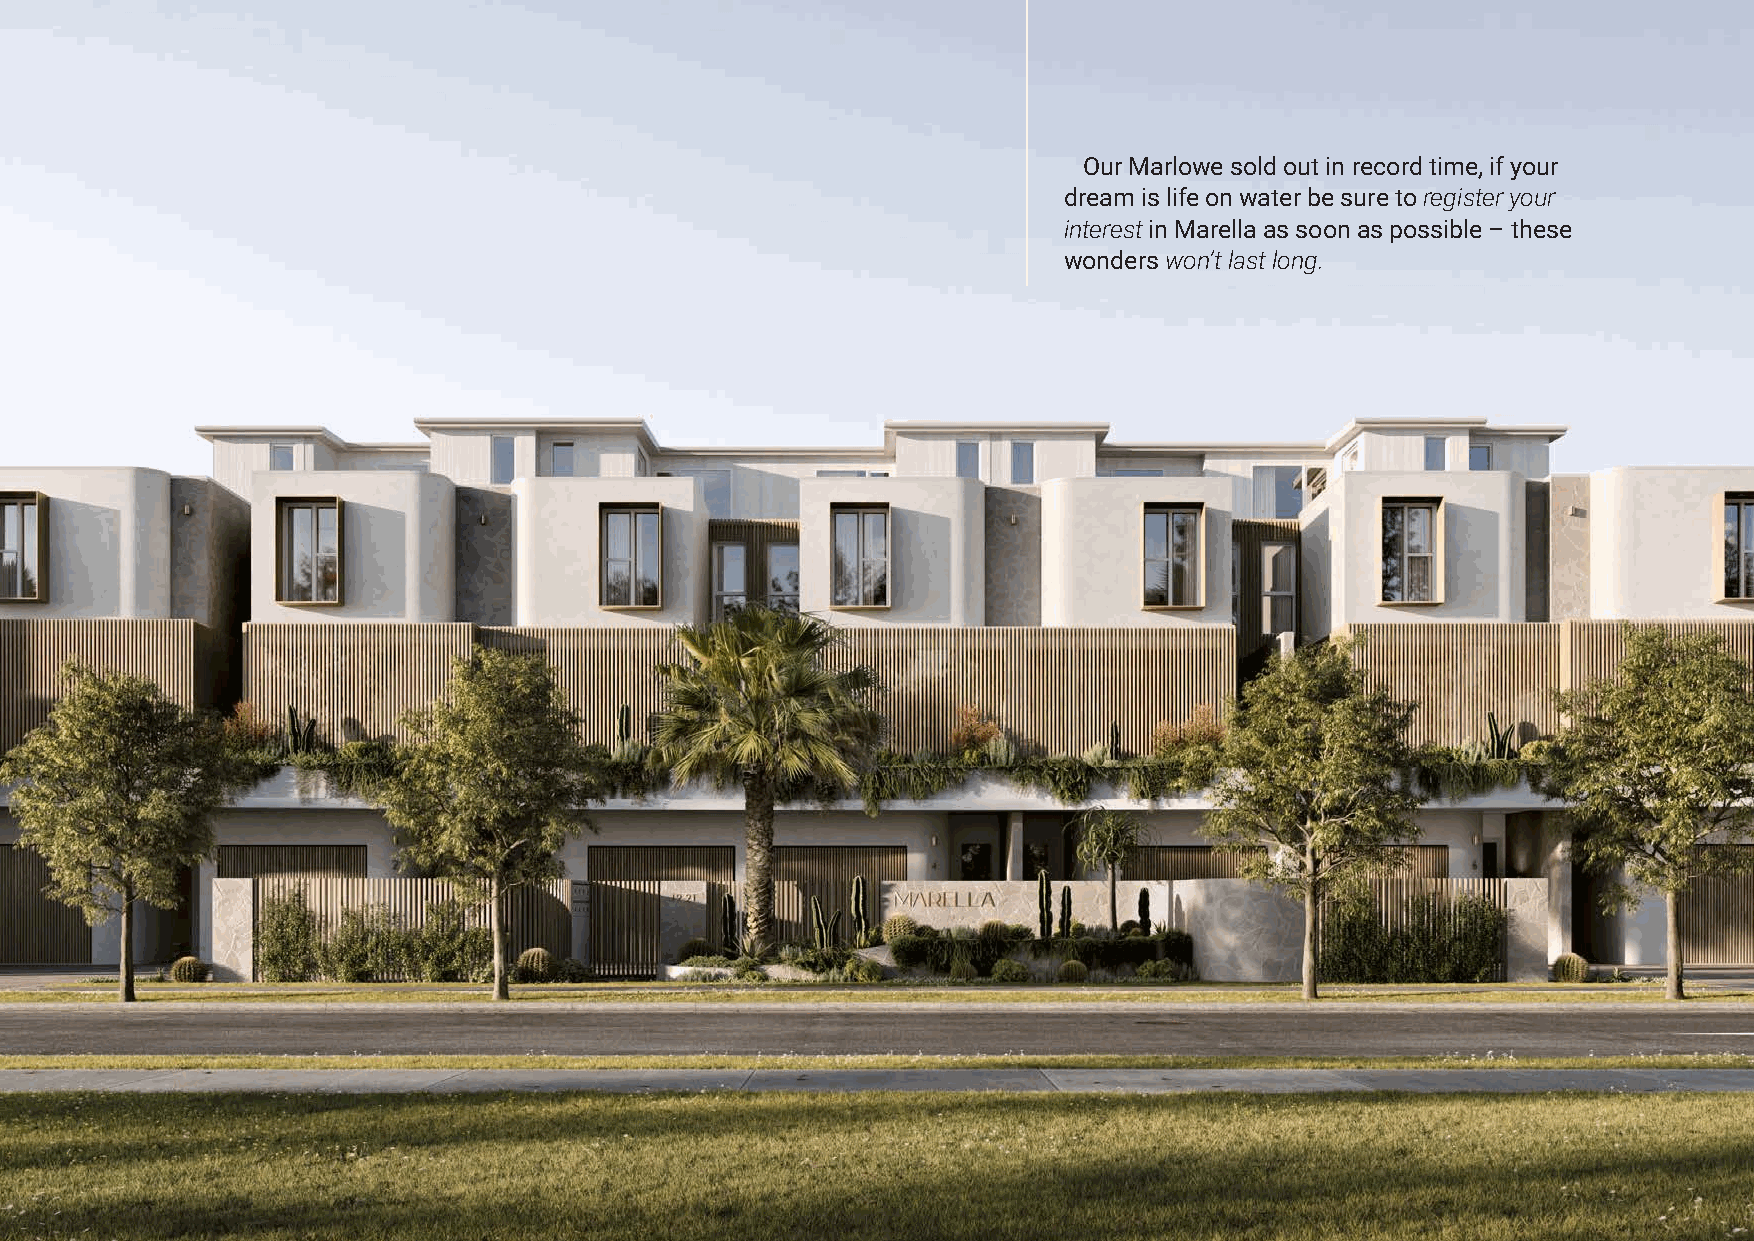
Our Marlowe sold out in record time, if your
 dream is life on water be sure to register your
 interest in Marella as soon as possible – these
 wonders won’t last long.